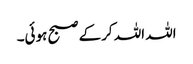
اللہ اللہ کرکے صبح ہوئی۔